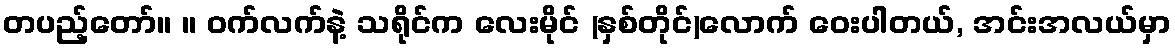
တပည့်တော်။ ။ ဝက်လက်နဲ့ သရိုင်က လေးမိုင် (နှစ်တိုင်)လောက် ဝေးပါတယ်, အင်းအလယ်မှာ